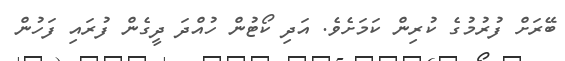
ބޭރަށް ފުރުމުގެ ކުރިން ކަމަށެވެ. އަދި ކޯޓުން ހުއްދަ ދީގެން ފުރައި ފަހުން